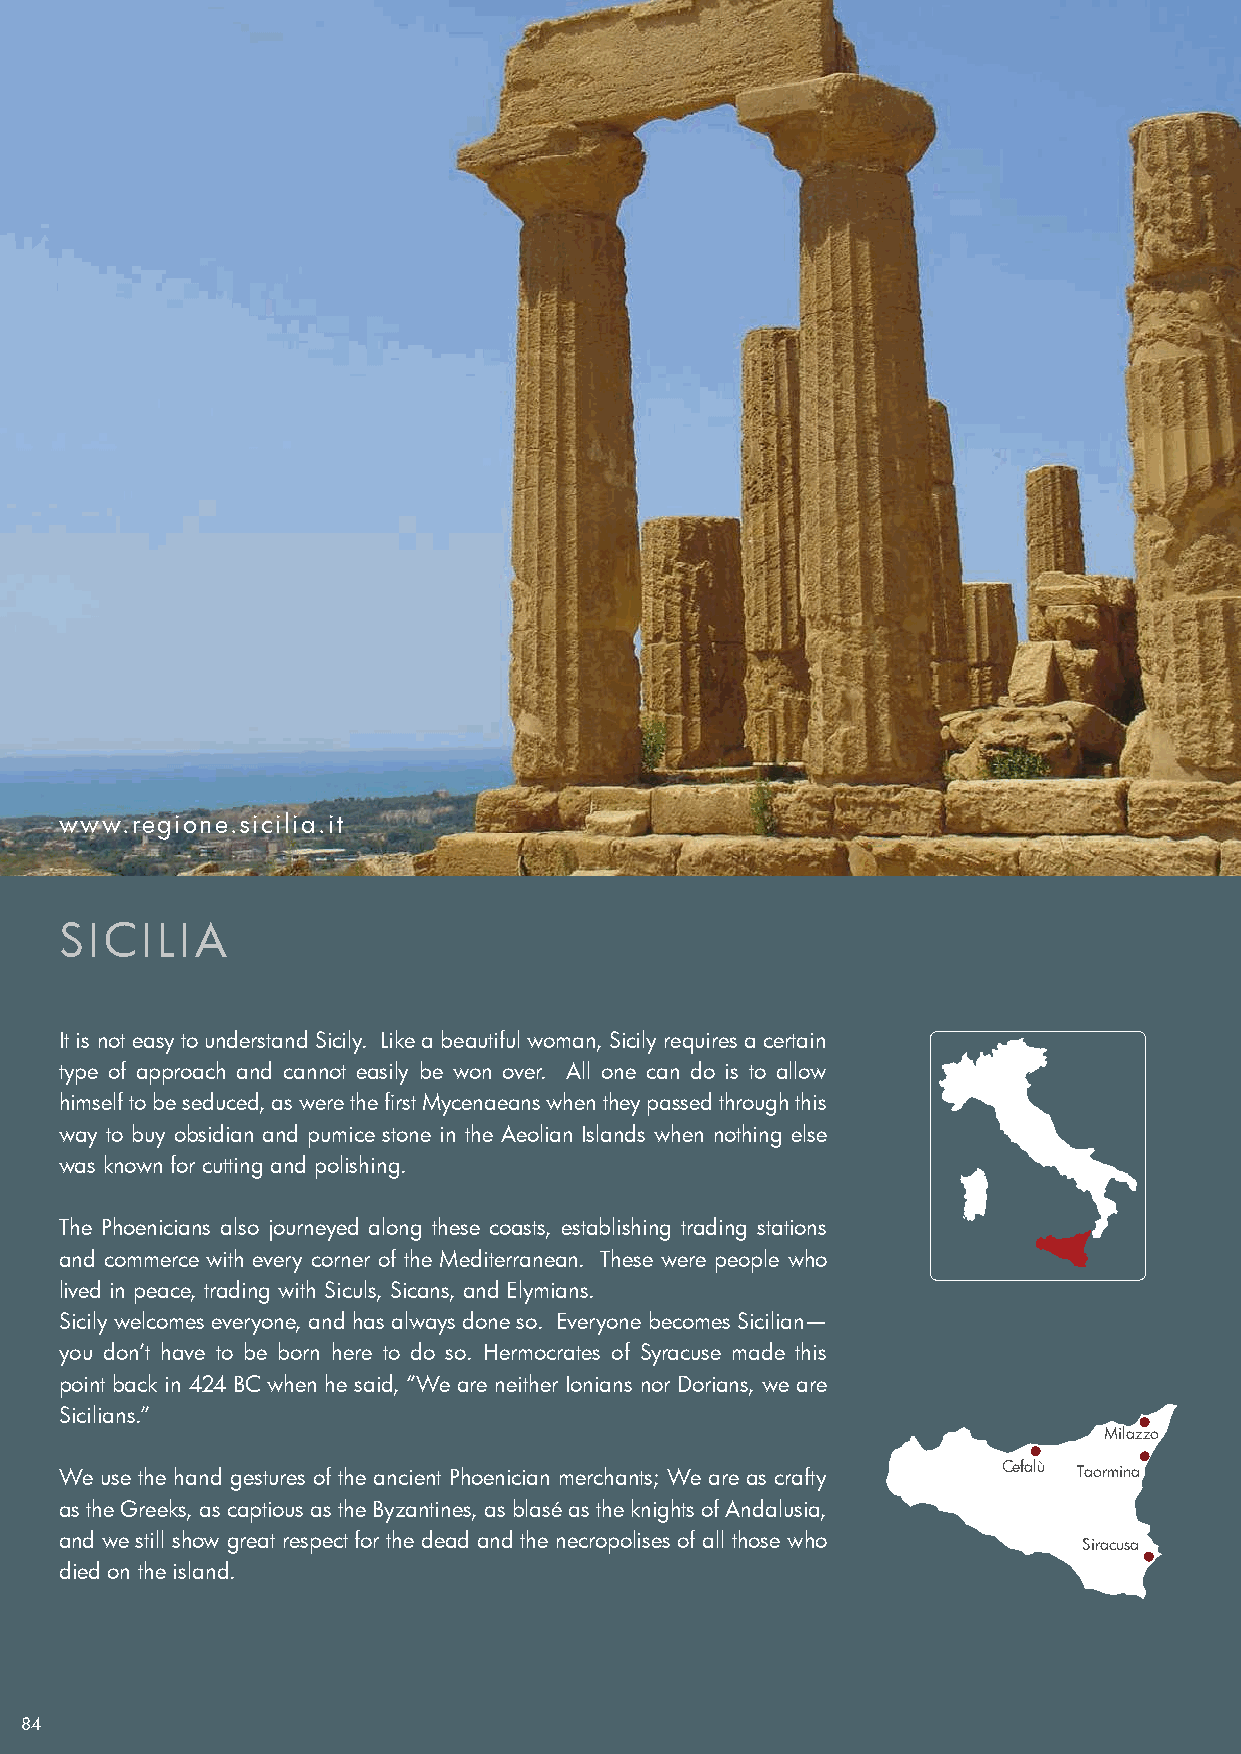
www.regione.sicilia.it
 SICILIA
 It is not easy to understand Sicily. Like a beautiful woman, Sicily requires a certain
 type of approach and cannot easily be won over. All one can do is to allow
 himself to be seduced, as were the first Mycenaeans when they passed through this
 way to buy obsidian and pumice stone in the Aeolian Islands when nothing else
 was known for cutting and polishing.
 The Phoenicians also journeyed along these coasts, establishing trading stations
 and commerce with every corner of the Mediterranean. These were people who
 lived in peace, trading with Siculs, Sicans, and Elymians.
 Sicily welcomes everyone, and has always done so. Everyone becomes Sicilian—
 you don’t have to be born here to do so. Hermocrates of Syracuse made this
 point back in 424 BC when he said, “We are neither Ionians nor Dorians, we are
 Sicilians.”
 Milazzo
 We use the hand gestures of the ancient Phoenician merchants; We are as crafty Cefalù Taormina
 as the Greeks, as captious as the Byzantines, as blasé as the knights of Andalusia,
 and we still show great respect for the dead and the necropolises of all those who
 Siracusa
 died on the island.
 84